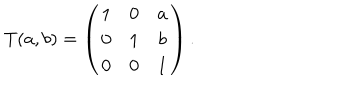
T ( a , b ) = \left( \begin{matrix} { { 1 } } & { { 0 } } & { { a } } \\ { { 0 } } & { { 1 } } & { { b } } \\ { { 0 } } & { { 0 } } & { { 1 } } \\ \end{matrix} \right) .